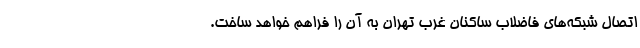
اتصال شبکه‌های فاضلاب ساکنان غرب تهران به آن را فراهم خواهد ساخت.